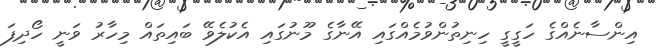
އިންސާނެއްގެ ހަގީގީ ހިނިތުންވުމެއްގައި އޭނާގެ މޫނުގައި އެކުލެވޭ ބައިތައް މިހާރު ވަނީ ހޯދިފަ